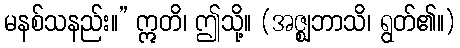
မနစ်သနည်း။” ဣတိ၊ ဤသို့။ (အဇ္ဈဘာသိ၊ ရွတ်၏။)